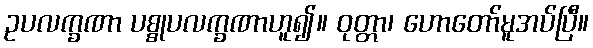
ဥပလက္ခဏာ ပစ္စုပလက္ခဏာဟူ၍။ ဝုတ္တာ၊ ဟောတော်မူအပ်ပြီ။